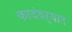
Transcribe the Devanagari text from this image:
कादंबऱ्यात